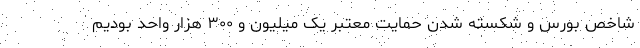
شاخص بورس و شکسته شدن حمایت معتبر یک میلیون و ۳۰۰ هزار واحد بودیم